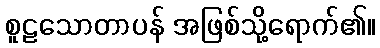
စူဠသောတာပန် အဖြစ်သို့ရောက်၏။